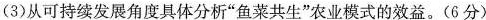
(3)从可持续发展角度具体分析“鱼菜共生”农业模式的效益。(6分)